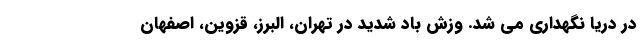
در دریا نگهداری می شد. وزش باد شدید در تهران، البرز، قزوین، اصفهان